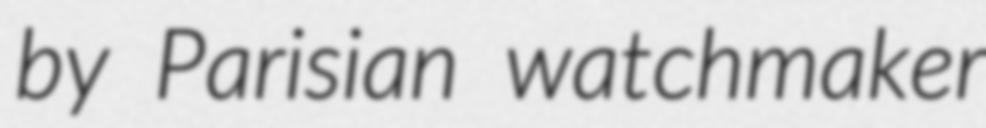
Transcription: by Parisian watchmaker